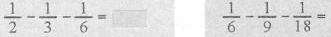
$$\frac { 1 } { 2 } - \frac { 1 } { 3 } - \frac { 1 } { 6 } =$$ $$\frac { 1 } { 6 } - \frac { 1 } { 9 } - \frac { 1 } { 1 8 } =$$